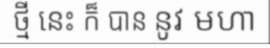
ថ្មី នេះ ក៏ បាន នូវ មហា